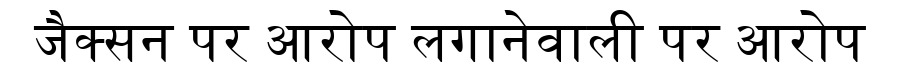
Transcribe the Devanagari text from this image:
जैक्सन पर आरोप लगानेवाली पर आरोप